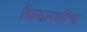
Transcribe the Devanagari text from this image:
शिफारशींचा